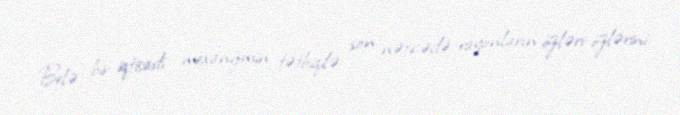
Belə bir iqtisadi mexanizmin tətbiqilə son nəticədə rayonların özləri-özlərini